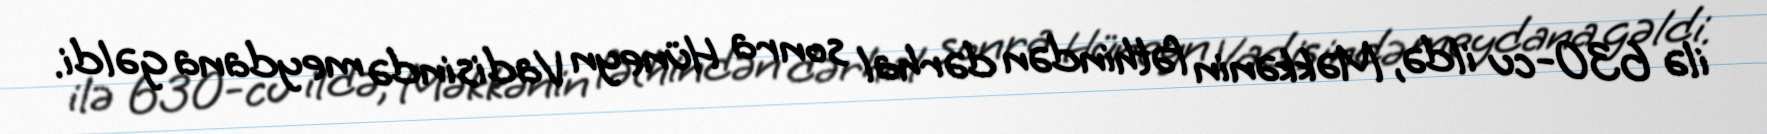
ilə 630-cu ildə, Məkkənin fəthindən dərhal sonra Hüneyn Vadisində meydana gəldi.